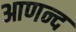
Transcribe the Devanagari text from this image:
आणन्द